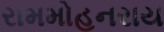
રામમોહનરાય